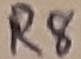
Text: R8